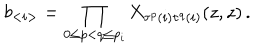
b _ { < i > } = \prod _ { 0 \leq p < q \leq p _ { i } } X _ { \tau ^ { p } ( i ) \tau ^ { q } ( i ) } ( z , z ) \, .